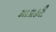
શાકાહરી